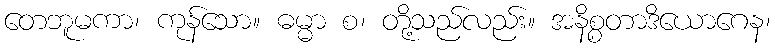
တေဘူမကာ၊ ကုန်သော။ ဓမ္မာ စ၊ တို့သည်လည်း။ အနိစ္စတာဒိယောဂေန၊